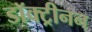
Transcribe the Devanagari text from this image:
डॉक्ट्रीनन